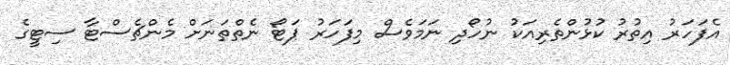
އެފަހަރު އިތުރު ކުޅުންތެރިއަކު ނުހޯދި ނަމަވެސް މިފަހަރު ޕަޓޯ ނެތްތަނަށް މެންޗެސްޓާ ސިޓީގެ